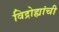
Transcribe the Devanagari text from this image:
विद्रोह्यांची